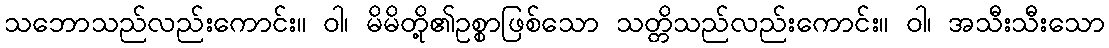
သဘောသည်လည်းကောင်း။ ဝါ၊ မိမိတို့၏ဥစ္စာဖြစ်သော သတ္တိသည်လည်းကောင်း။ ဝါ၊ အသီးသီးသော